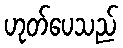
ဟုတ်ပေသည်